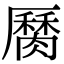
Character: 𦠩